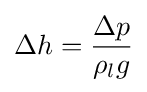
\Delta h={\frac {\Delta p}{\rho _{l}g}}